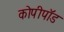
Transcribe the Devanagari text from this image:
कोपीपॉड